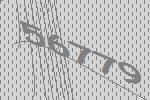
56779